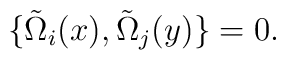
\{\tilde{\Omega}_{i}(x),\tilde{\Omega}_{j}(y)\}=0.